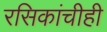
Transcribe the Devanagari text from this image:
रसिकांचीही